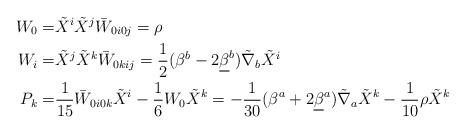
LaTeX: \begin{align*}W_0=& \tilde X^i \tilde X^j \bar W_{0i0j} =\rho\\W_i= & \tilde X^j \tilde X^k \bar W_{0kij}=\frac{1}{2}(\beta^b-2\underline{\beta}^b)\tilde{\nabla}_b \tilde{X}^i \\P_k= & \frac{1}{15}\bar W_{0i0k} \tilde X^i-\frac{1}{6}W_0\tilde X^k=-\frac{1}{30}(\beta^a+2\underline{\beta}^a)\tilde{\nabla}_a \tilde{X}^k-\frac{1}{10} \rho\tilde{X}^k\\\end{align*}